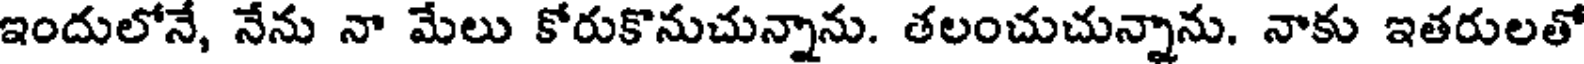
ఇందులోనే, నేను నా మేలు కోరుకొనుచున్నాను. తలంచుచున్నాను. నాకు ఇతరులతో